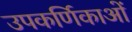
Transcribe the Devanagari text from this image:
उपकर्णिकाओं